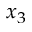
x _ { 3 }